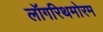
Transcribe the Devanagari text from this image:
लॉगरिथमोरम